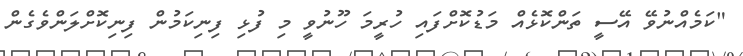
"ކަމެއްނުވޭ އޭސީ ތަންކޮޅެއް މަޑުކޮށްފައި ހުރީމަ ހޫނުވީ މި ފުޅި ފިނިކަމުން ފިނިކޮށްލަންވެގެން